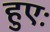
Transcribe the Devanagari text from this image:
हुएः